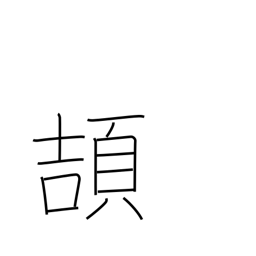
Meaning: take wing